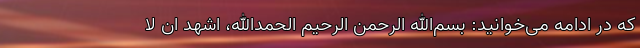
که در ادامه می‌خوانید: بسم‌الله الرحمن الرحیم الحمدالله، اشهد ان لا